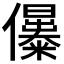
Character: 𠑔